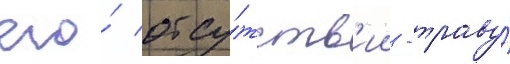
его́ отсу́тств'ии - траву́